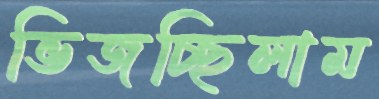
ভিজচ্ছিলাম